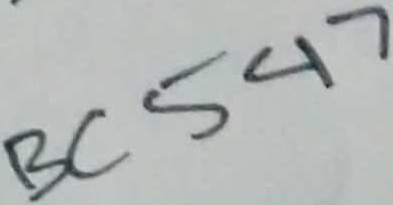
Text: BC547